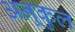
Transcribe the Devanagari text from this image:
अनूकुल